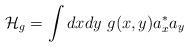
LaTeX: \begin{align*} \mathcal{H}_g = \int dxdy\ g(x, y) a^\ast_x a_y \end{align*}